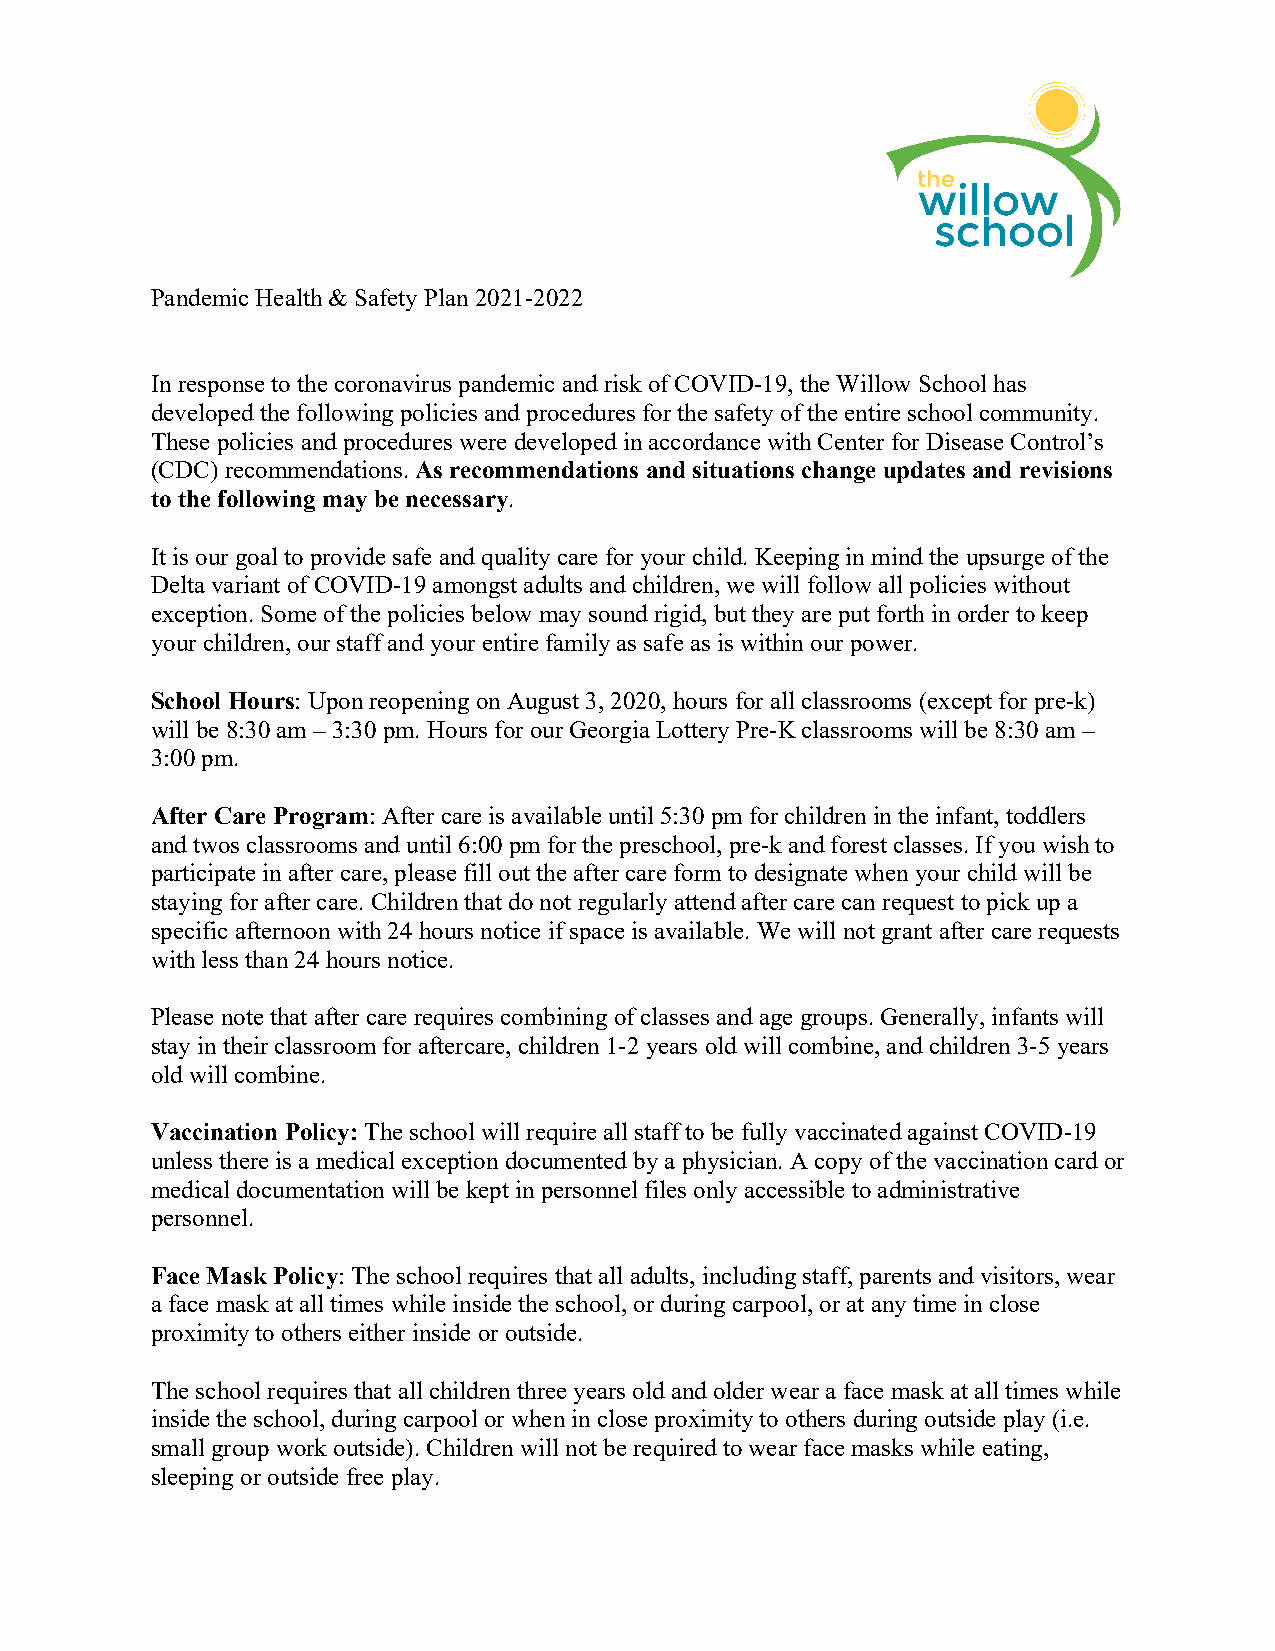
Pandemic Health & Safety Plan 2021-2022
 In response to the coronavirus pandemic and risk of COVID-19, the Willow School has
 developed the following policies and procedures for the safety of the entire school community.
 These policies and procedures were developed in accordance with Center for Disease Control’s
 (CDC) recommendations. As recommendations and situations change updates and revisions
 to the following may be necessary.
 It is our goal to provide safe and quality care for your child. Keeping in mind the upsurge of the
 Delta variant of COVID-19 amongst adults and children, we will follow all policies without
 exception. Some of the policies below may sound rigid, but they are put forth in order to keep
 your children, our staff and your entire family as safe as is within our power.
 School Hours: Upon reopening on August 3, 2020, hours for all classrooms (except for pre-k)
 will be 8:30 am – 3:30 pm. Hours for our Georgia Lottery Pre-K classrooms will be 8:30 am –
 3:00 pm.
 After Care Program: After care is available until 5:30 pm for children in the infant, toddlers
 and twos classrooms and until 6:00 pm for the preschool, pre-k and forest classes. If you wish to
 participate in after care, please fill out the after care form to designate when your child will be
 staying for after care. Children that do not regularly attend after care can request to pick up a
 specific afternoon with 24 hours notice if space is available. We will not grant after care requests
 with less than 24 hours notice.
 Please note that after care requires combining of classes and age groups. Generally, infants will
 stay in their classroom for aftercare, children 1-2 years old will combine, and children 3-5 years
 old will combine.
 Vaccination Policy: The school will require all staff to be fully vaccinated against COVID-19
 unless there is a medical exception documented by a physician. A copy of the vaccination card or
 medical documentation will be kept in personnel files only accessible to administrative
 personnel.
 Face Mask Policy: The school requires that all adults, including staff, parents and visitors, wear
 a face mask at all times while inside the school, or during carpool, or at any time in close
 proximity to others either inside or outside.
 The school requires that all children three years old and older wear a face mask at all times while
 inside the school, during carpool or when in close proximity to others during outside play (i.e.
 small group work outside). Children will not be required to wear face masks while eating,
 sleeping or outside free play.